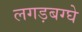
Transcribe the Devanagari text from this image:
लगड़बग्घे